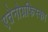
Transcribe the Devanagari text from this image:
एतेनोग्रफिस्का